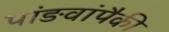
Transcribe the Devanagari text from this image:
पांङवांपैकी